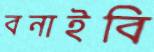
বনাইবি